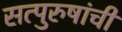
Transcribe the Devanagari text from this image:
सत्‍पुरुषांची